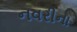
નવરીના